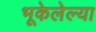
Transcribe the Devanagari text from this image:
भूकेलेल्या